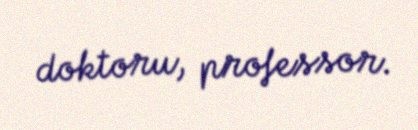
doktoru, professor.